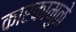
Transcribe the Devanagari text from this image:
कारकामुळे